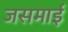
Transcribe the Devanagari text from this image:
जसमाई